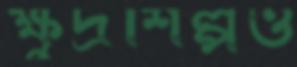
ক্ষুদ্রশিল্পও